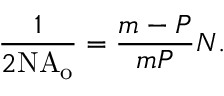
{ \frac { 1 } { 2 { \mathrm { N A } } _ { \mathrm { o } } } } = { \frac { m - P } { m P } } N .